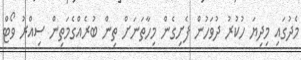
މެދުގައި މިދިޔަ ހުކުރު ދުވަހުން ފެށިގެން މިހާތަނަށް ތިން ބުރެއްގެމަތިން ސިއްރު ވޯޓް